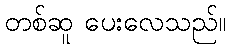
တစ်ဆူ ပေးလေသည်။